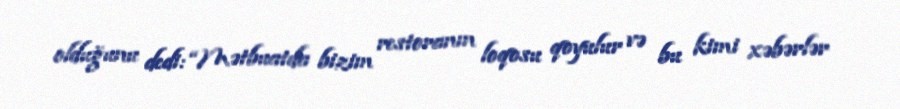
olduğunu dedi: “Mətbuatda bizim restoranın loqosu qoyulur və bu kimi xəbərlər